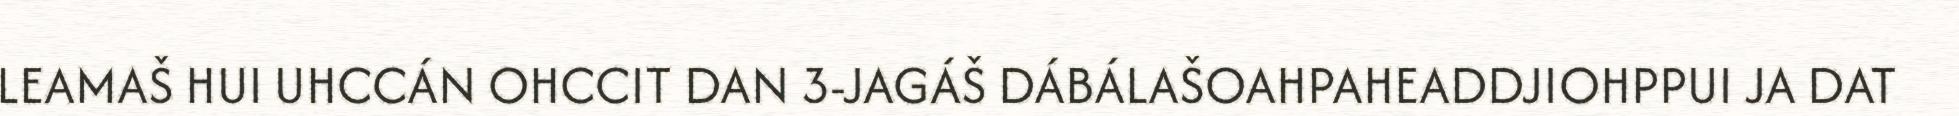
LEAMAŠ HUI UHCCÁN OHCCIT DAN 3-JAGÁŠ DÁBÁLAŠOAHPAHEADDJIOHPPUI JA DAT